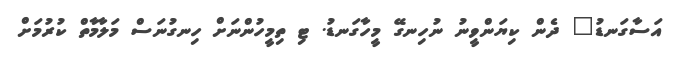
އަސާގަނޑު" ދެން ކިޔަންވީނު ނުހިނގޭ މީހާގަނޑު. ޓި ތިމީހުންނަށް ހިނގުނަސް މަލާމާތް ކުރުމަށް